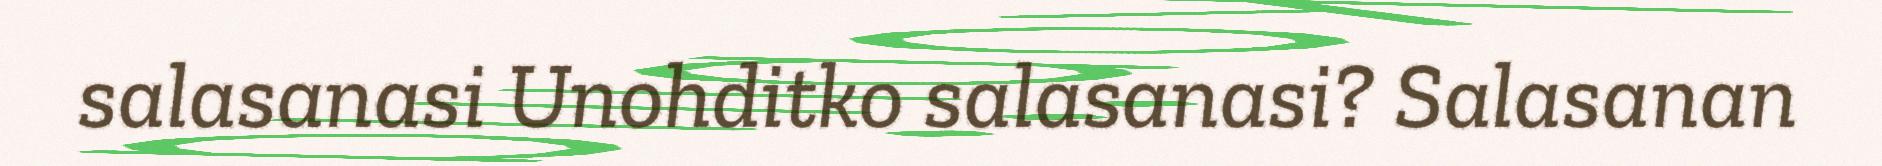
salasanasi Unohditko salasanasi? Salasanan